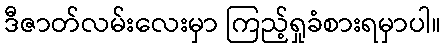
ဒီဇာတ်လမ်းလေးမှာ ကြည့်ရှုခံစားရမှာပါ။